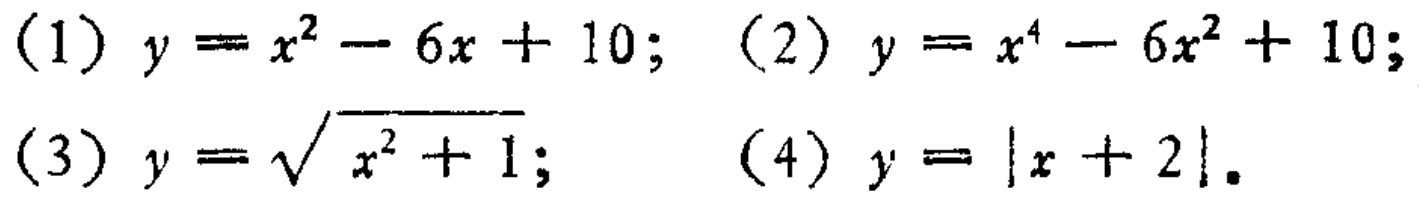
(1) \(y = x^{2}-6x + 10\); (2) \(y = x^{4}-6x^{2}+ 10\);

(3) \(y=\sqrt{x^{2}+1}\); (4) \(y = |x + 2|\).